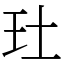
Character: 𤣰